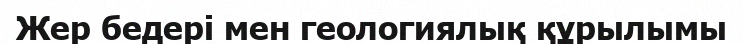
Жер бедері мен геологиялық құрылымы